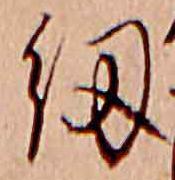
紐